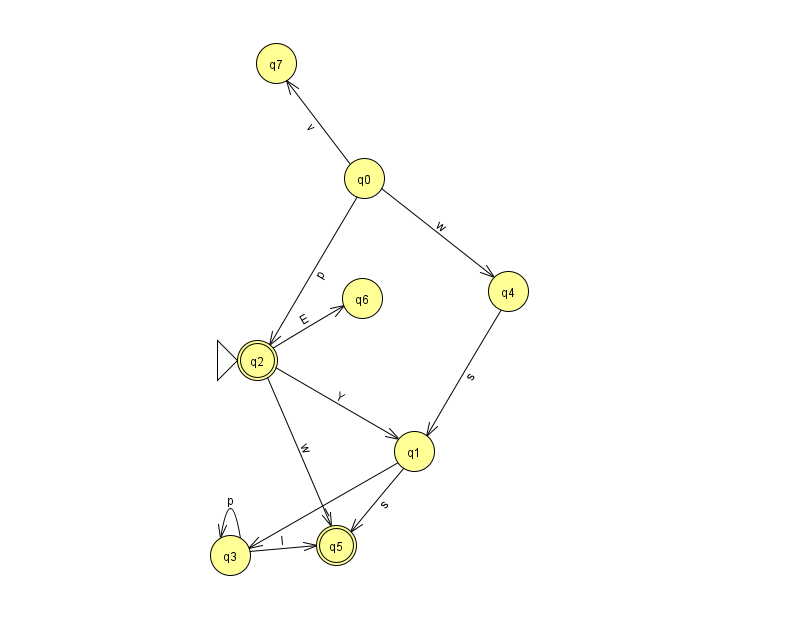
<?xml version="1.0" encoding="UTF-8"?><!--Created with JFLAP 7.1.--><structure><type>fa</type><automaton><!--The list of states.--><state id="0" name="q0"><x>364.0</x><y>165.0</y></state><state id="1" name="q1"><x>414.0</x><y>438.0</y></state><state id="2" name="q2"><x>257.0</x><y>347.0</y><initial/><final/></state><state id="3" name="q3"><x>230.0</x><y>542.0</y></state><state id="4" name="q4"><x>508.0</x><y>278.0</y></state><state id="5" name="q5"><x>336.0</x><y>532.0</y><final/></state><state id="6" name="q6"><x>362.0</x><y>285.0</y></state><state id="7" name="q7"><x>276.0</x><y>50.0</y></state><!--The list of transitions.--><transition><from>2</from><to>5</to><read>w</read></transition><transition><from>3</from><to>3</to><read>p</read></transition><transition><from>0</from><to>4</to><read>w</read></transition><transition><from>0</from><to>7</to><read>v</read></transition><transition><from>1</from><to>5</to><read>s</read></transition><transition><from>1</from><to>3</to><read>l</read></transition><transition><from>3</from><to>5</to><read>l</read></transition><transition><from>4</from><to>1</to><read>s</read></transition><transition><from>2</from><to>6</to><read>E</read></transition><transition><from>0</from><to>2</to><read>p</read></transition><transition><from>2</from><to>1</to><read>Y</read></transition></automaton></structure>